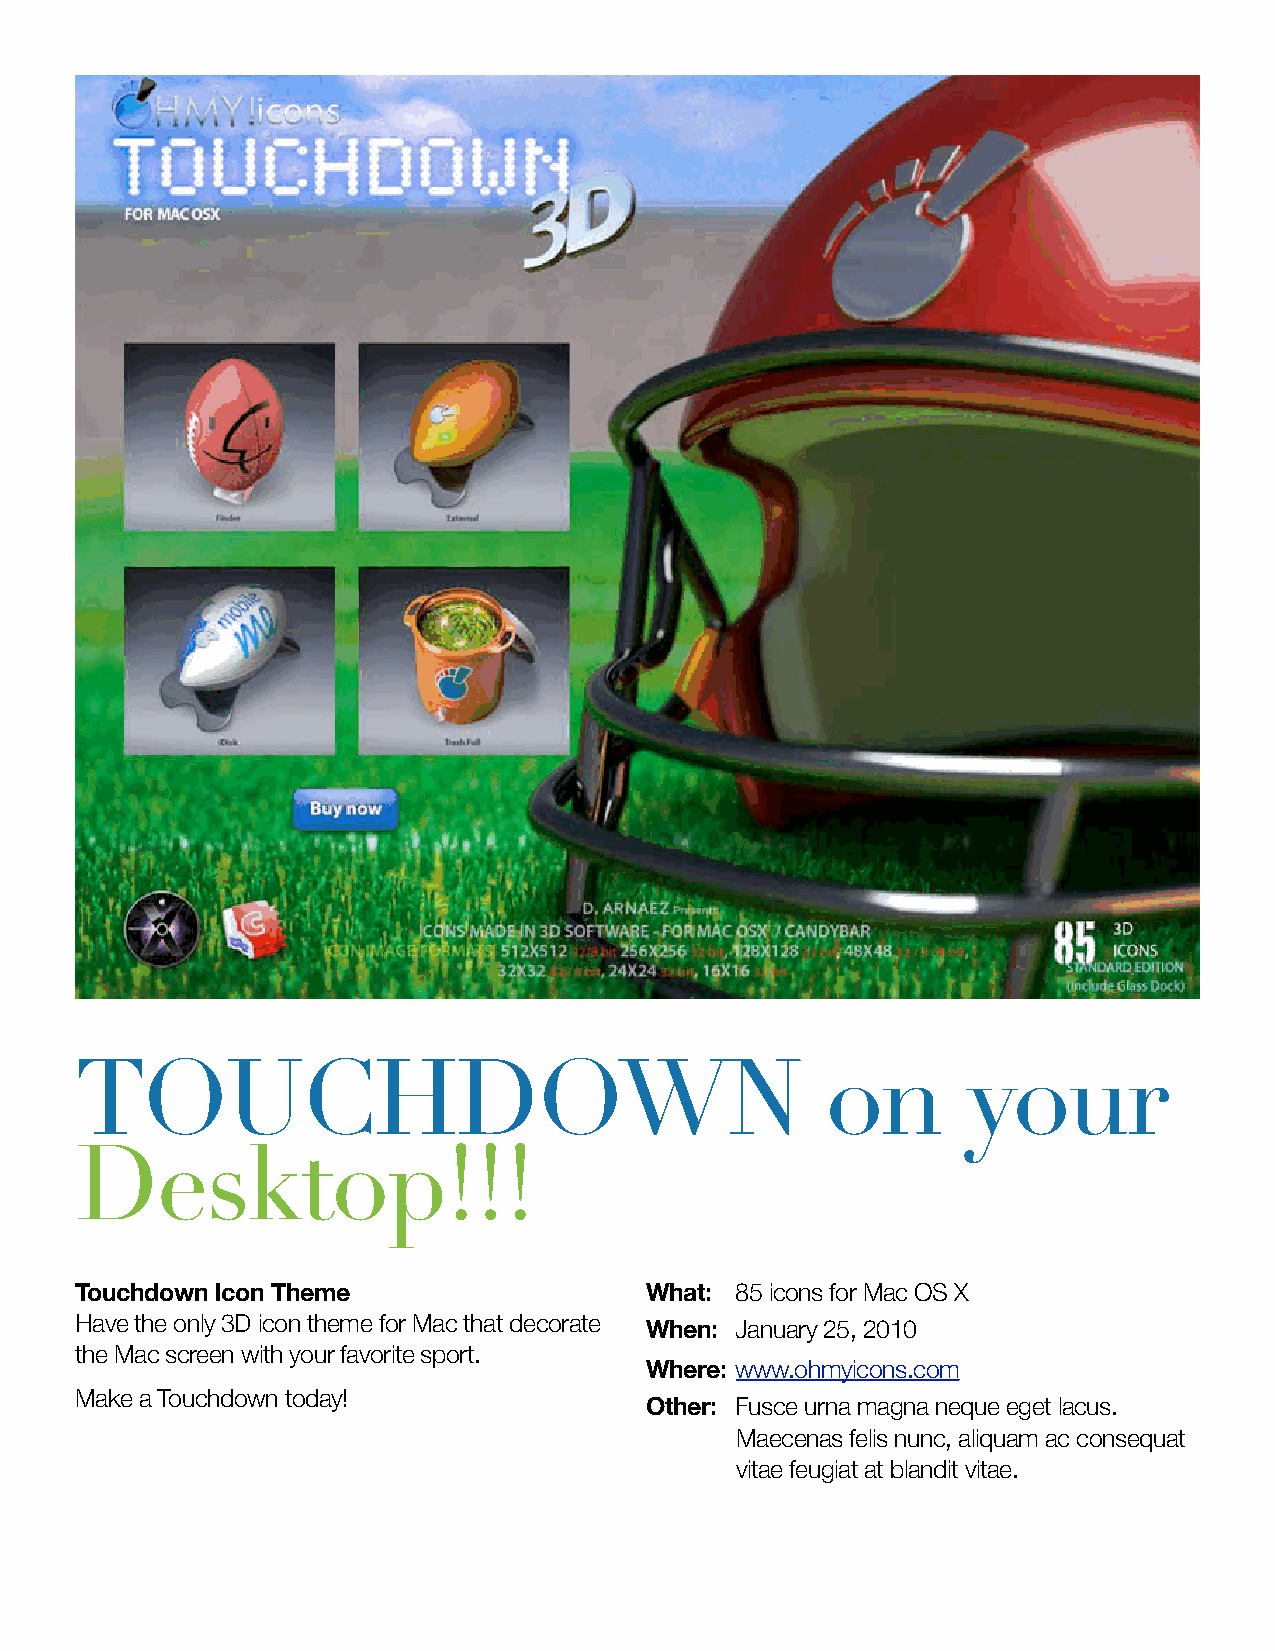
TOUCHDOWN                                         on       your
 Desktop!!!
 Touchdown Icon Theme                  What: 85 icons for Mac OS X
 Have the only 3D icon theme for Mac that decorate When: January 25, 2010
 the Mac screen with your favorite sport.
 Where: www.ohmyicons.com
 Make a Touchdown today!
 Other: Fusce urna magna neque eget lacus.
 Maecenas felis nunc, aliquam ac consequat
 vitae feugiat at blandit vitae.